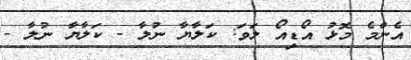
އެންމެ މޮޅު އޯޑިއޯ ލަވަ: ކަލާޔާ ނުލާ - ކަލާޔާ ނުލާ -